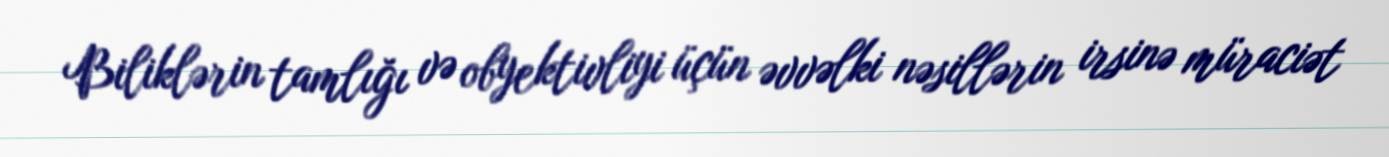
Biliklərin tamlığı və obyektivliyi üçün əvvəlki nəsillərin irsinə müraciət